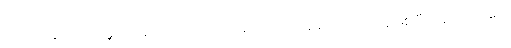
ရေခဲပြင်ဆိုတာ ကမ္ဘာပေါ်မှာ သဘာဝအတိုင်း အလင်းပြန်ဆုံး အရာဝတ္ထုဖြစ်ပြီး နေရောင်ခြည်